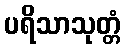
ပရိသာသုတ္တံ